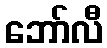
ဘော်လီ